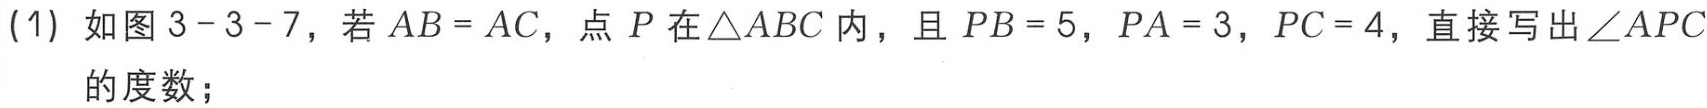
(1) 如图3 - 3 - 7，若\(AB = AC\)，点\(P\)在\(\triangle ABC\)内，且\(PB = 5\)，\(PA = 3\)，\(PC = 4\)，直接写出\(\angle APC\)的度数；